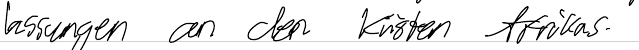
lassungen an den Küsten Afrikas.